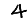
Digit: 4